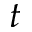
t